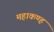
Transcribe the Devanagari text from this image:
महाकण्ह